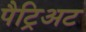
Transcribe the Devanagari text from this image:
पैट्रिअट